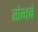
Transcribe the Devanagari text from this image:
संभवं